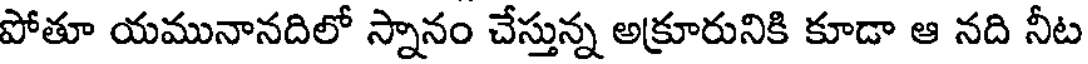
పోతూ యమునానదిలో స్నానం చేస్తున్న అక్రూరునికి కూడా ఆ నది నీట